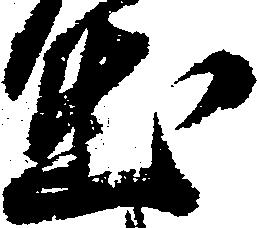
出